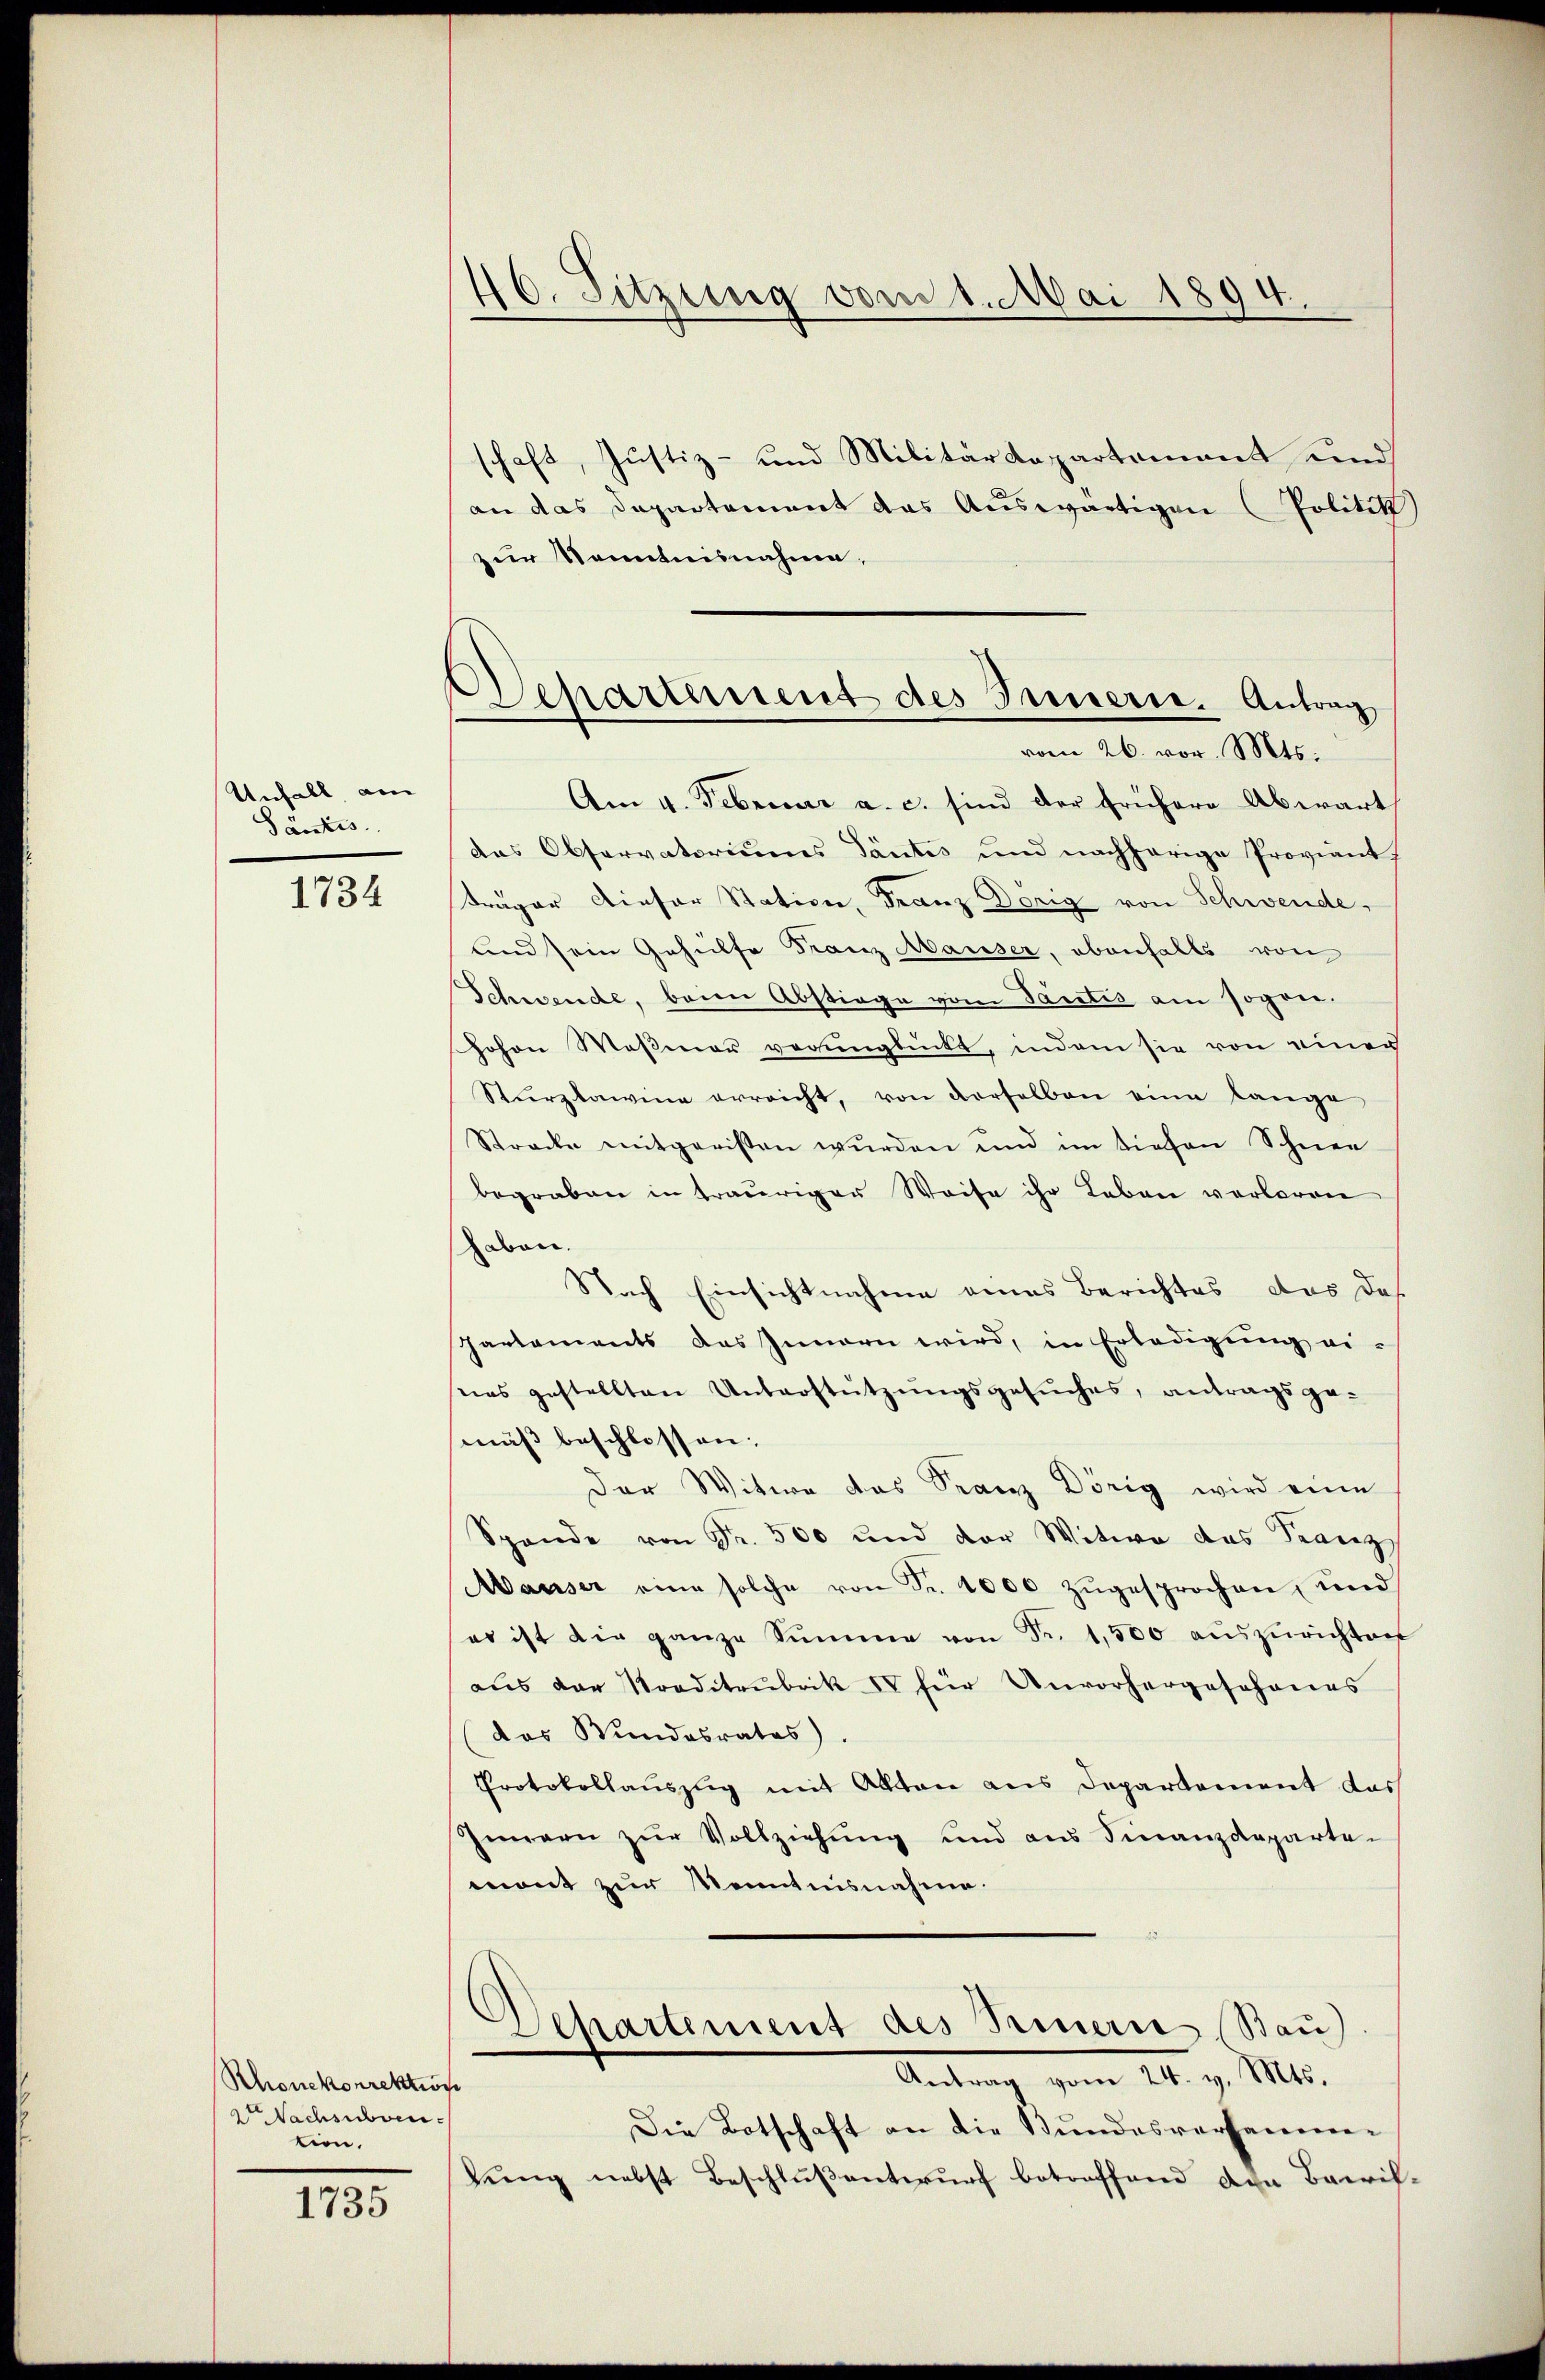
Unfall am
Säntis

1734

Rhonekorrektion
2 Nachsubvention.

1735

46. Sitzung vom 1. Mai 1894.

Departement des Innern. Antrag
vom 26. vor. Mts.

schaft, Justiz- und Militärdepartement und
an das Departement das Auswärtigen (Politik)
zur Sonntennahmen,
Am 4. Februar a. c. sind der frühere Abwart
das Observatoriums Tantes und nachherige Proviant.
Träger dieser Station, Franz Dorig von Schwende,
und sein Gehülfe Franz Mauser, ebenfalls von
Schwende, beim Abstiege vom Tantis am sogen.
hohen Meßmar verunglückt, indem sie von einer
Sturzlawine erreicht, von derselben eine lange
Strecke mitgeristen wŭrden und im tiefen Schnee
begraben in trauriger Weise ihr Leben verloren
haben.
Nach Einsichtnahme eines Berichtes, das das
Parlaments das Innern wird, in Erledigŭng ei-
eies gestellten Unterstützŭngsgesŭches, antragsge-
mäß beschlossen:
Der Witwe das Franz Dörig wird eine
Spande von Fr. 500 und der Witwe das Franz
Mauser eine solche von Fr. 4000 zŭgesprochen, und
er ist die ganze Summe von Fr. 1,500 aŭszŭrichten
aus der Norditrubrik IV für Unvorhergeschönes
das Wundesrates).
Protokollauszug mit Akten aus Departement das
Innern zŭr Vollziehung und aus Finanzdeparte-
mont zur Kenntnisnahme.
Dehartement des Seiner (Bau)
Antrag vom 14. v. Mts.
Die Botschaft an die Bundesversammen
lung nebst Beschlußentwurf betreffend den Bacrif-